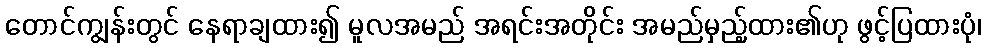
တောင်ကျွန်းတွင် နေရာချထား၍ မူလအမည် အရင်းအတိုင်း အမည်မှည့်ထား၏ဟု ဖွင့်ပြထားပုံ၊